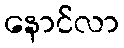
နောင်လာ